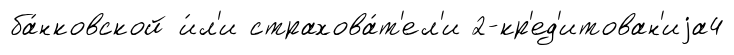
ба́нковской и́л'и страхова́т'ел'и 2-кр'ед'итован'иjа4